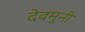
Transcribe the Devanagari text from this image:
देवमुनी